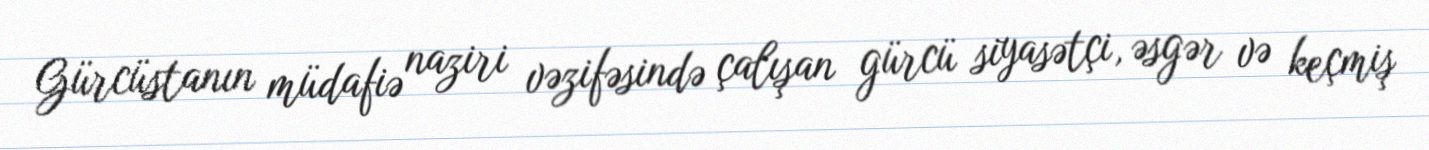
Gürcüstanın müdafiə naziri vəzifəsində çalışan gürcü siyasətçi, əsgər və keçmiş